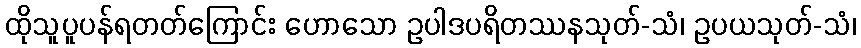
ထိုသူပူပန်ရတတ်ကြောင်း ဟောသော ဥပါဒပရိတဿနသုတ်-သံ၊ ဥပယသုတ်-သံ၊